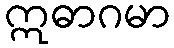
ဣဓာဂမာ